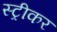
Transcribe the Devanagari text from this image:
स्ट्रीकर